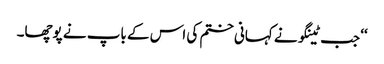
‘‘ جب ٹینگو نے کہانی ختم کی اس کے باپ نے پوچھا۔